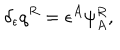
\delta _ { \epsilon } q ^ { R } = \epsilon ^ { A } \psi _ { A } ^ { R } ,